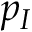
p _ { I }